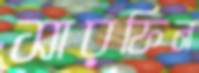
সারফিন